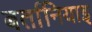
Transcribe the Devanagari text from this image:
बर्तानियाइ